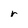
Character: r